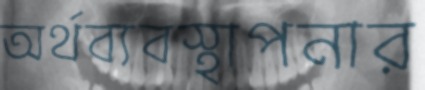
অর্থব্যবস্থাপনার